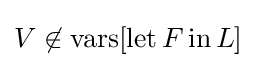
V\not \in \operatorname {vars} [\operatorname {let} F\operatorname {in} L]